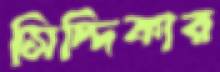
সিদ্দিকার